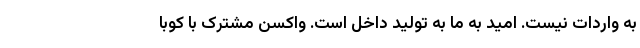
به واردات نیست. امید به ما به تولید داخل است. واکسن مشترک با کوبا